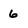
Character: 6